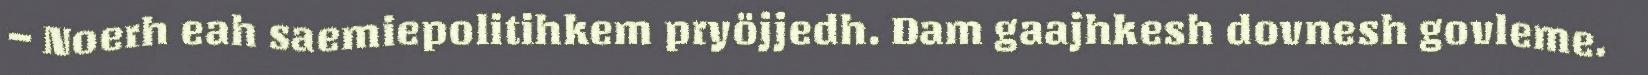
– Noerh eah saemiepolitihkem pryöjjedh. Dam gaajhkesh dovnesh govleme.